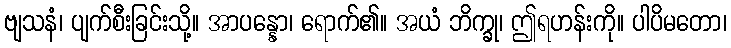
ဗျသနံ၊ ပျက်စီးခြင်းသို့။ အာပန္နော၊ ရောက်၏။ အယံ ဘိက္ခု၊ ဤရဟန်းကို။ ပါပိမတော၊